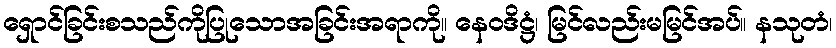
ရှောင်ခြင်းစသည်ကိုပြုသောအခြင်းအရာကို။ နေဝဒိဋ္ဌံ၊ မြင်လည်းမမြင်အပ်။ နသုတံ၊